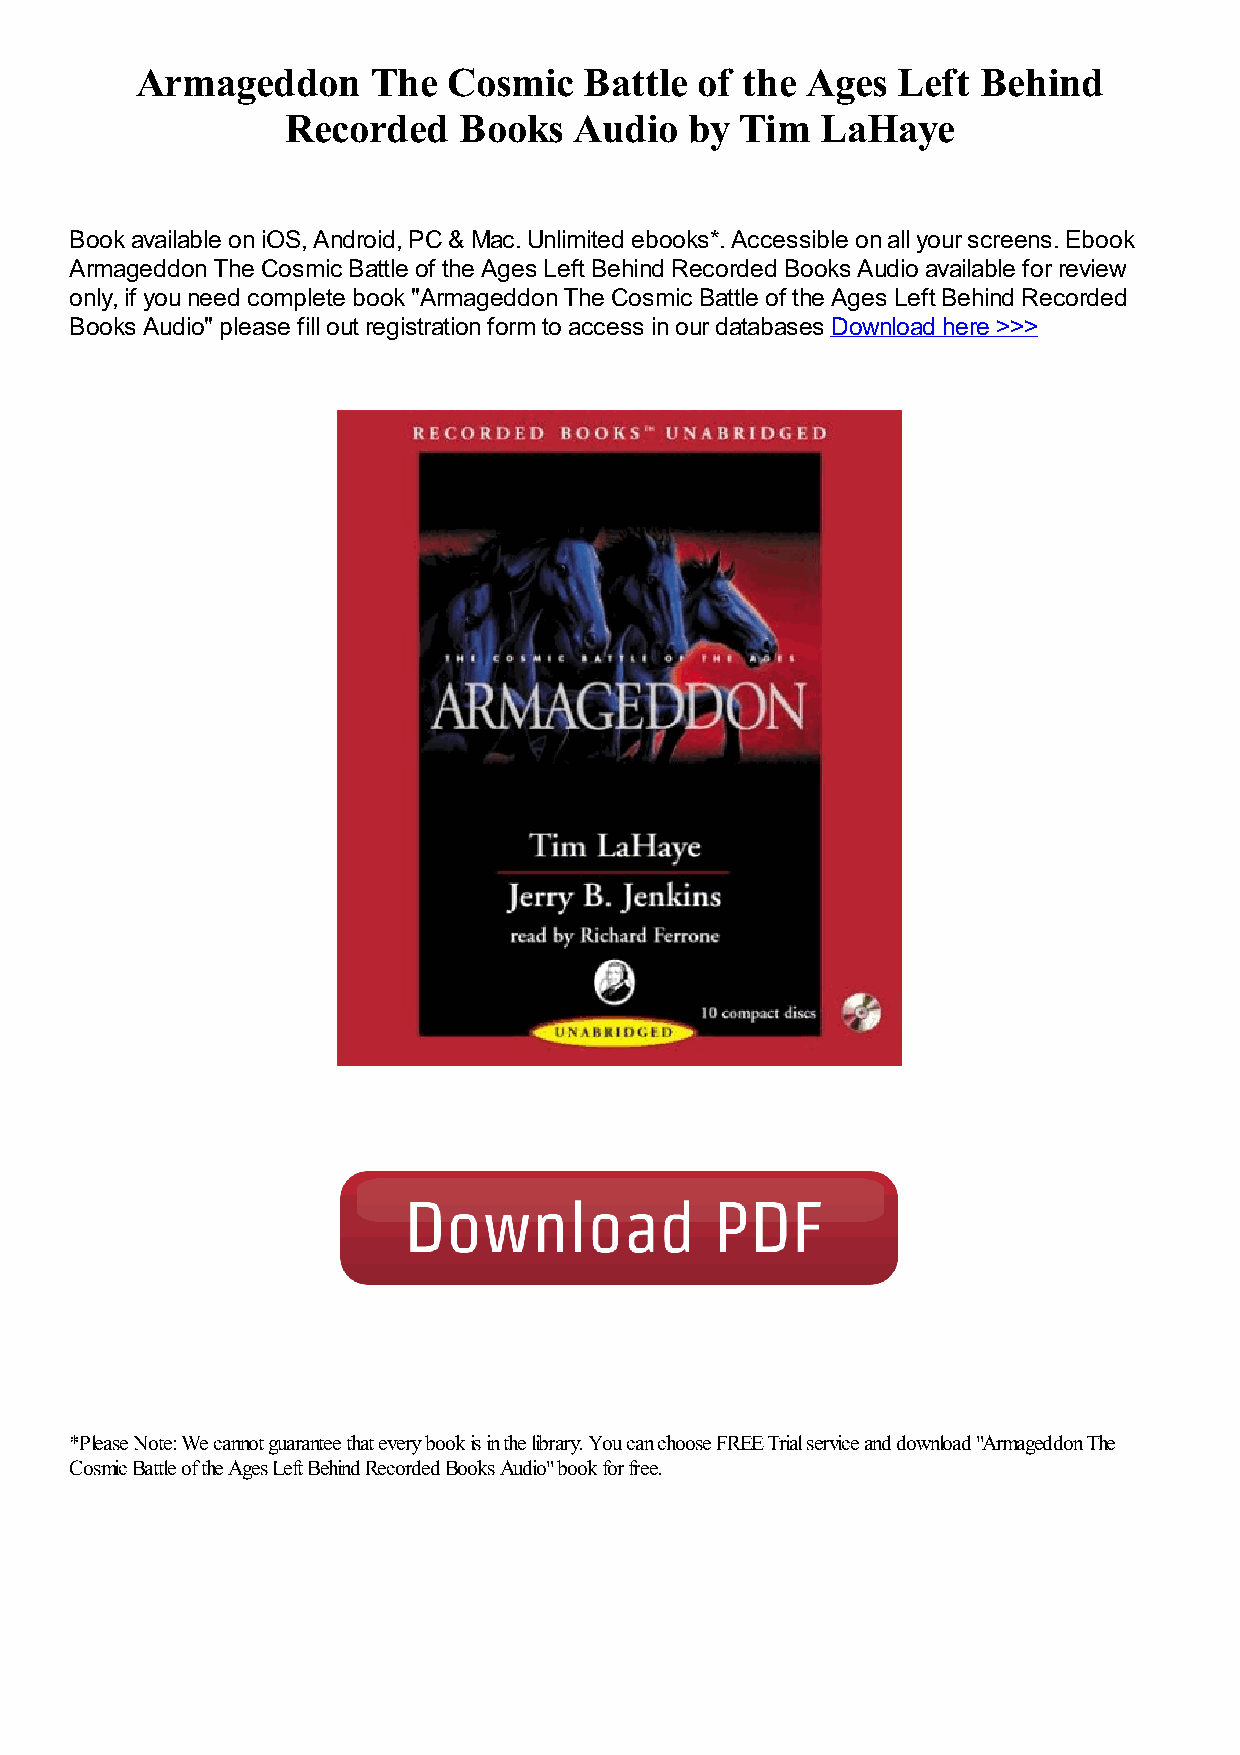
Armageddon      The  Cosmic   Battle of the Ages  Left  Behind
 Recorded   Books   Audio   by Tim  LaHaye
 Book available on iOS, Android, PC & Mac. Unlimited ebooks*. Accessible on all your screens. Ebook
 Armageddon The Cosmic Battle of the Ages Left Behind Recorded Books Audio available for review
 only, if you need complete book "Armageddon The Cosmic Battle of the Ages Left Behind Recorded
 Books Audio" please fill out registration form to access in our databases Download here >>>
 *Please Note: We cannot guarantee that every book is in the library. You can choose FREE Trial service and download "Armageddon The
 Cosmic Battle of the Ages Left Behind Recorded Books Audio" book for free.